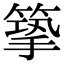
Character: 篫